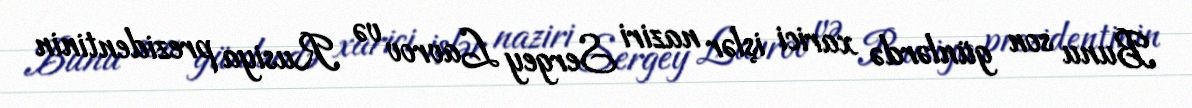
Bunu son günlərdə xarici işlər naziri Sergey Lavrov və Rusiya prezidentinin